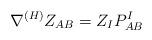
LaTeX: \begin{align*}\nabla^{(H)} Z_{AB}= Z_{I} P^I_{AB}\end{align*}